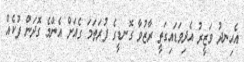
އެހިނދު ވަޒީރު އެދިވަޑައިގަތީ ރާޒުވާ ގޮނޑީގެ ފުރަތަމަ ގެއަށް އެންމެ ގޮދަން ފުކެއް